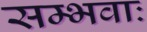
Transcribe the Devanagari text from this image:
सम्भवाः